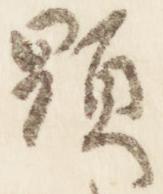
顕